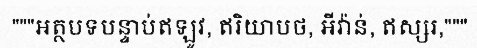
"""អត្ថបទបន្ទាប់ឥឡូវ, ឥរិយាបថ, អីវ៉ាន់, ឥស្សរ,"""